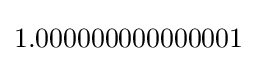
1.000000000000001